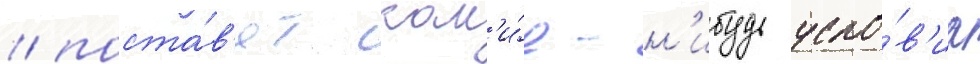
/ поста́в'ят как'и́е-н'ибудь усло́в'иа